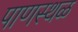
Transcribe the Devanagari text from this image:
पाणस्थळ